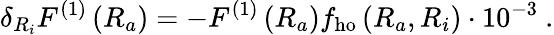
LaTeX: \delta_{R_{i}}F^{(1)}\left(R_{a}\right)=-F^{(1)}\left(R_{a}\right)f_{\mathrm{ho}}\left(R_{a},R_{i}\right)\cdot 10^{-3}\ .